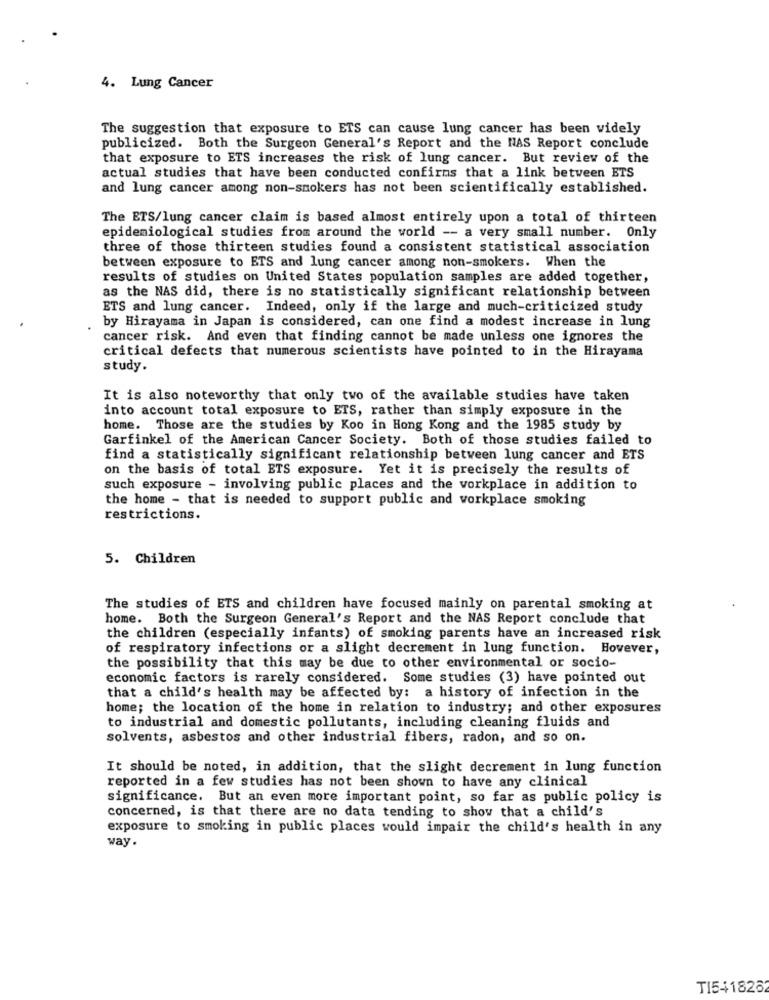
4. Lung Cancer
The suggestion that exposure to ETS can cause lung cancer has been widely
publicized. Both the Surgeon General's Report and the NAS Report conclude
that exposure to ETS increases the risk of lung cancer. But review of the
actual studies that have been conducted confirms that a link between ETS
and lung cancer among non-smokers has not been scientifically established.
The ETS/lung cancer claim is based almost entirely upon a total of thirteen
epidemiological studies from around the world -- a very small number. Only
three of those thirteen studies found a consistent statistical association
between exposure to ETS and lung cancer among non-smokers. When the
results of studies on United States population samples are added together,
as the NAS did, there is no statistically significant relationship between
ETS and lung cancer. Indeed, only if the large and much-criticized study
by Hirayama in Japan is considered, can one find a modest increase in lung
cancer risk. And even that finding cannot be made unless one ignores the
critical defects that numerous scientists have pointed to in the Hirayama
study.
It is also noteworthy that only two of the available studies have taken
into account total exposure to ETS, rather than simply exposure in the
home. Those are the studies by Koo in Hong Kong and the 1985 study by
Garfinkel of the American Cancer Society. Both of those studies failed to
find a statistically significant relationship between lung cancer and ETS
on the basis of total ETS exposure. Yet it is precisely the results of
such exposure - involving public places and the workplace in addition to
the home - that is needed to support public and workplace smoking
restrictions.
5. Children
The studies of ETS and children have focused mainly on parental smoking at
home. Both the Surgeon General's Report and the NAS Report conclude that
the children (especially infants) of smoking parents have an increased risk
of respiratory infections or a slight decrement in lung function. However,
the possibility that this may be due to other environmental or socio-
economic factors is rarely considered. Some studies (3) have pointed out
that a child's health may be affected by: a history of infection in the
home; the location of the home in relation to industry; and other exposures
to industrial and domestic pollutants, including cleaning fluids and
solvents, asbestos and other industrial fibers, radon, and so on.
It should be noted, in addition, that the slight decrement in lung function
reported in a few studies has not been shown to have any clinical
significance. But an even more important point, so far as public policy is
concerned, is that there are no data tending to show that a child's
exposure to smoking in public places would impair the child's health in any
way.
T15418262